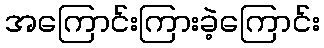
အကြောင်းကြားခဲ့ကြောင်း